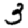
Digit: 3